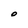
Character: O